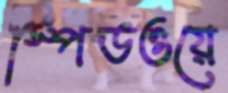
স্পিডওয়ে